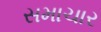
સમાચાર